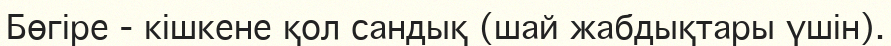
Бөгіре - кішкене қол сандық (шай жабдықтары үшін).